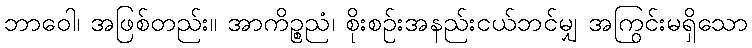
ဘာဝေါ၊ အဖြစ်တည်း။ အာကိဉ္စညံ၊ စိုးစဉ်းအနည်းငယ်ဘင်မျှ အကြွင်းမရှိသော